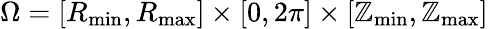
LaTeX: \Omega=[R_{\operatorname*{min}},R_{\operatorname*{max}}]\times[0,2\pi]\times[\mathbb{Z}_{\operatorname*{min}},\mathbb{Z}_{\operatorname*{max}}]